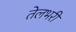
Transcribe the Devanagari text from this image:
तेलभरी